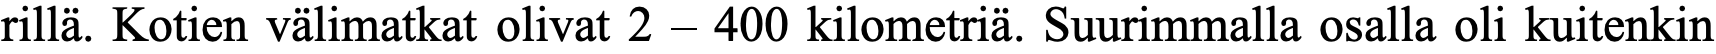
rillä. Kotien välimatkat olivat 2 – 400 kilometriä. Suurimmalla osalla oli kuitenkin